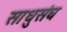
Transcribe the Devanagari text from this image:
साधुसंघ